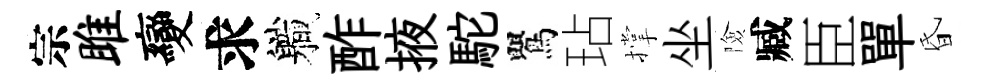
宗雎變求軄酢掖駝鸎玷撑坐險臧臣單昏